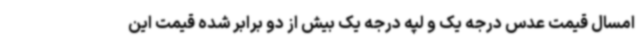
امسال قیمت عدس درجه یک و لپه درجه یک بیش از دو برابر شده قیمت این